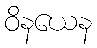
ဝိနယေန